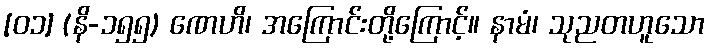
[၀၁] (နိ-၁၅၅) ဏေဟိ၊ အကြောင်းတို့ကြောင့်။ နာမံ၊ သုညတဟူသော